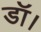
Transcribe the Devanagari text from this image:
डॉ।